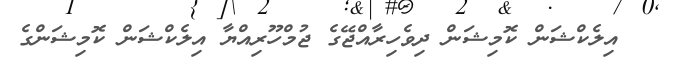
އިލެކްޝަން ކޮމިޝަން ދިވެހިރާއްޖޭގެ ޖުމްހޫރިއްޔާ އިލެކްޝަން ކޮމިޝަންގެ